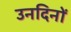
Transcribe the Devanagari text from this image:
उनदिनों